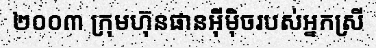
២០០៣ ក្រុមហ៊ុនផានអ៊ីម៉ិចរបស់អ្នកស្រី